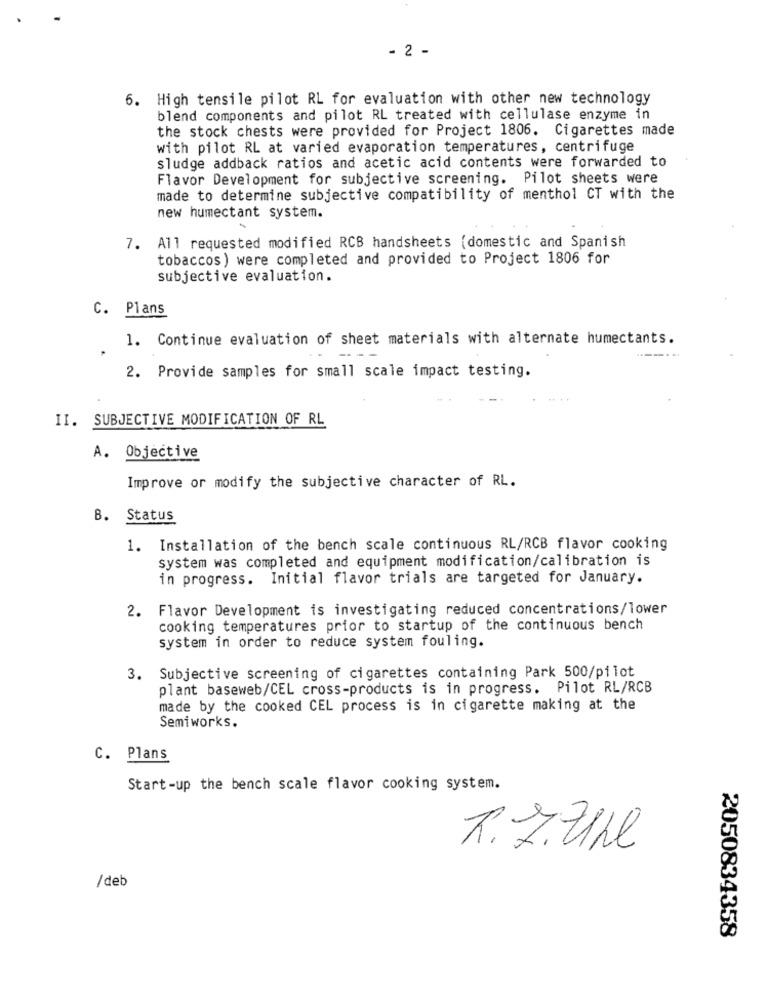
- 2 -
6. High tensile pilot RL for evaluation with other new technology
blend components and pilot RL treated with cellulase enzyme in
the stock chests were provided for Project 1806. Cigarettes made
with pilot RL at varied evaporation temperatures, centrifuge
sludge addback ratios and acetic acid contents were forwarded to
Flavor Development for subjective screening. Pilot sheets were
made to determine subjective compatibility of menthol CT with the
new humectant system.
7. All requested modified RCB handsheets (domestic and Spanish
tobaccos) were completed and provided to Project 1806 for
subjective evaluation.
C. Plans
1. Continue evaluation of sheet materials with alternate humectants.
2. Provide samples for small scale impact testing.
II. SUBJECTIVE MODIFICATION OF RL
A. Objective
Improve or modify the subjective character of RL.
B. Status
1. Installation of the bench scale continuous RL/RCB flavor cooking
system was completed and equipment modification/calibration is
in progress. Initial flavor trials are targeted for January.
2. Flavor Development is investigating reduced concentrations/lower
cooking temperatures prior to startup of the continuous bench
system in order to reduce system fouling.
3. Subjective screening of cigarettes containing Park 500/pilot
plant baseweb/CEL cross-products is in progress. Pilot RL/RCB
made by the cooked CEL process is in cigarette making at the
Semiworks.
C. Plans
Start-up the bench scale flavor cooking system.
R. 7.71hl
/deb
2050834358